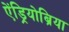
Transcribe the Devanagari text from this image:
ऐंड्रियोब्रिया